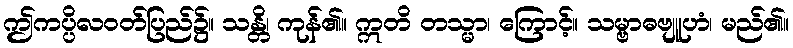
ဤကပ္ပိလဝတ်ပြည်၌။ သန္တိ၊ ကုန်၏။ ဣတိ တသ္မာ၊ ကြောင့်။ သမ္ဗာဓဗျူဟံ၊ မည်၏။